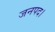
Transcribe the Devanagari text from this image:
जनपद।